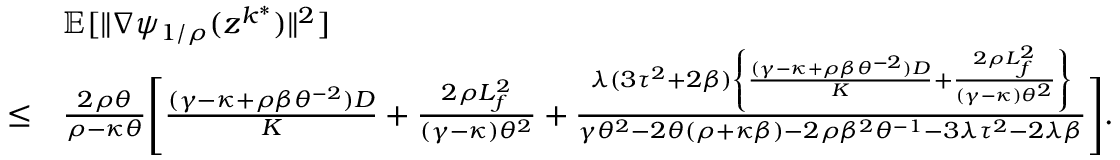
\begin{array} { r l } & { \mathbb { E } [ \| \nabla \psi _ { 1 / \rho } ( z ^ { k ^ { \ast } } ) \| ^ { 2 } ] } \\ { \leq } & { \frac { 2 \rho \theta } { \rho - \kappa \theta } \Bigg [ \frac { ( \gamma - \kappa + \rho \beta \theta ^ { - 2 } ) D } { K } + \frac { 2 \rho L _ { f } ^ { 2 } } { ( \gamma - \kappa ) \theta ^ { 2 } } + \frac { \lambda ( 3 \tau ^ { 2 } + 2 \beta ) \left\{ \frac { ( \gamma - \kappa + \rho \beta \theta ^ { - 2 } ) D } { K } + \frac { 2 \rho L _ { f } ^ { 2 } } { ( \gamma - \kappa ) \theta ^ { 2 } } \right\} } { \gamma \theta ^ { 2 } - 2 \theta ( \rho + \kappa \beta ) - 2 \rho \beta ^ { 2 } \theta ^ { - 1 } - 3 \lambda \tau ^ { 2 } - 2 \lambda \beta } \Bigg ] . } \end{array}